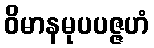
ဝိမာနမုပပဇ္ဇဟံ